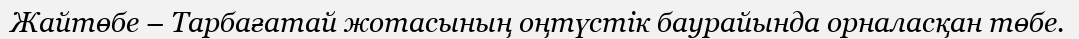
Жайтөбе – Тарбағатай жотасының оңтүстік баурайында орналасқан төбе.